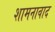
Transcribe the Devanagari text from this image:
शामनावाद